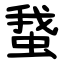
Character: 䖸